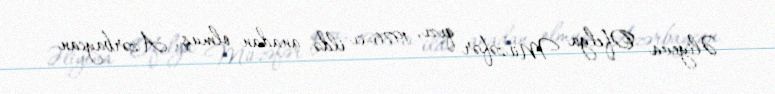
Əliyeva Ofelya Müzəfər qızı, 1976-cı ildə anadan olmuş, Azərbaycan